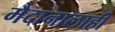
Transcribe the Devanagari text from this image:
मैदानालाही